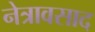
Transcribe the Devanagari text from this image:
नेत्रावसाद